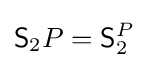
{\mathsf {S}}_{2}P={\mathsf {S}}_{2}^{P}